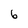
Character: 6